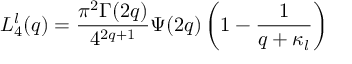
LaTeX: L _ { 4 } ^ { l } ( q ) = \frac { \pi ^ { 2 } \Gamma ( 2 q ) } { 4 ^ { 2 q + 1 } } \Psi ( 2 q ) \left( 1 - \frac 1 { q + \kappa _ { l } } \right)